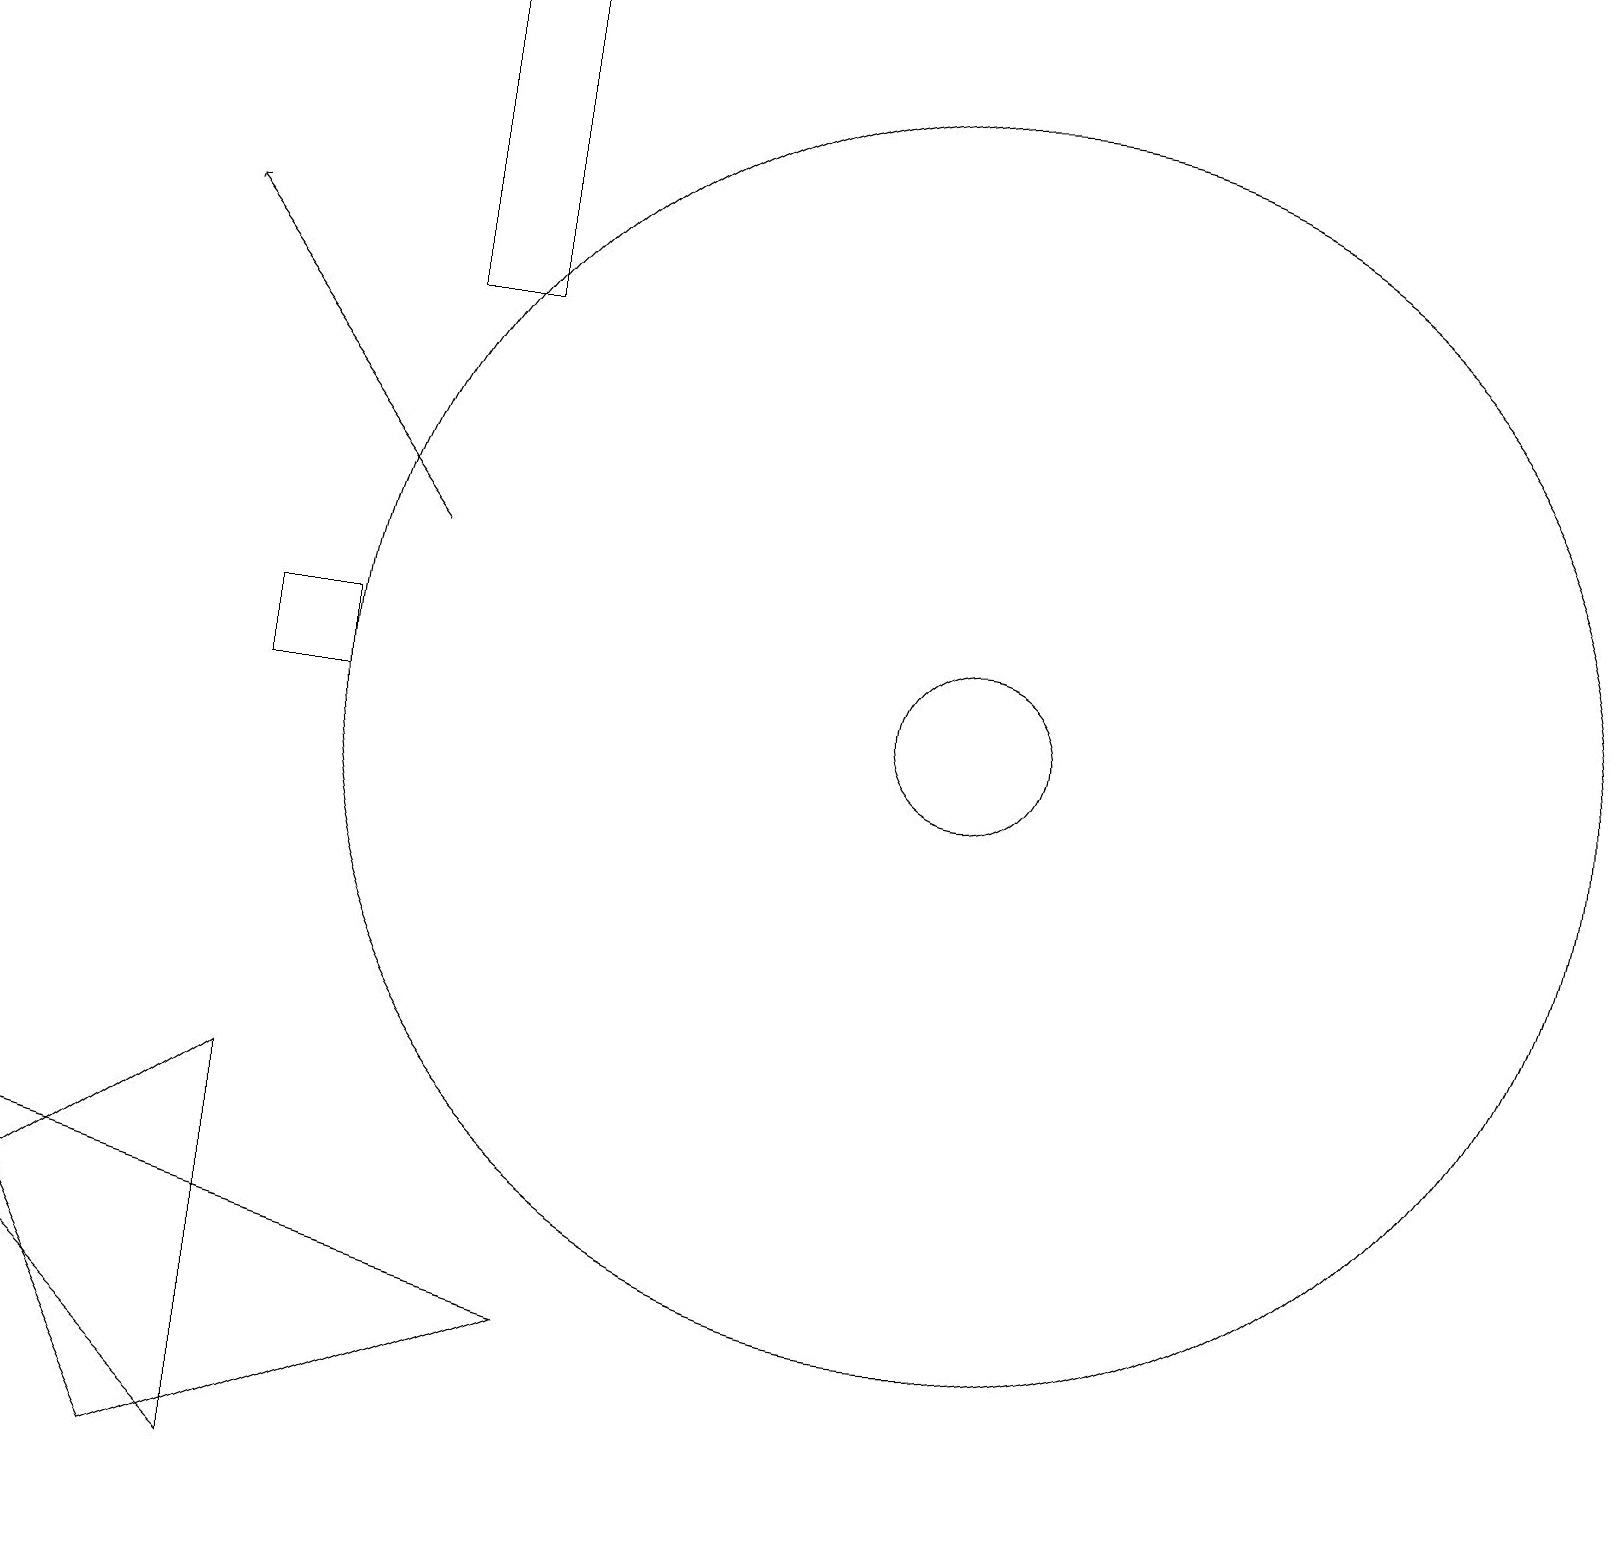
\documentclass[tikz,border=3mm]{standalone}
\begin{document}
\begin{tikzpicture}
\draw (7,2) -- (2,0) -- (0,4) -- cycle;
\draw (12,10) circle (8);
\draw (0,3) -- (3,0) -- (3,5) -- cycle;
\draw (4,11) rectangle (3,10);
\draw[->] (5,12) -- (2,16);
\draw (5,15) rectangle (6,19);
\draw (12,10) circle (1);
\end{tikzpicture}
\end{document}